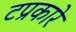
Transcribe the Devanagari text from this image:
टप्रकारे